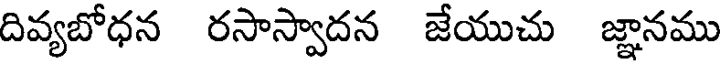
దివ్యబోధన రసాస్వాదన జేయుచు జ్ఞానము